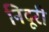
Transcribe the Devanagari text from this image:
निदूरी